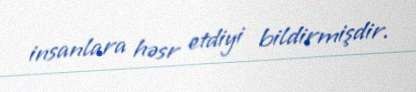
insanlara həsr etdiyi bildirmişdir.